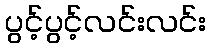
ပွင့်ပွင့်လင်းလင်း